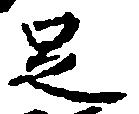
足